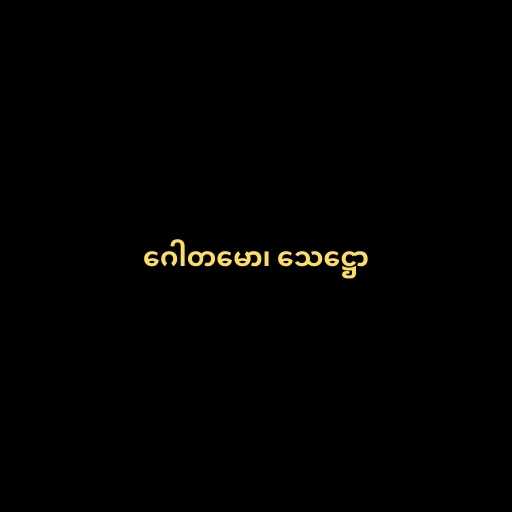
ဂေါတမော၊ သေဋ္ဌော